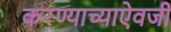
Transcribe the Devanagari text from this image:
करण्याच्याऐवजी